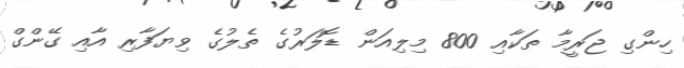
ހިންގި ޖަރީމާ ތަކާއި 800 މިލިއަން ޑޮލަރުގެ ތެލުގެ ވިޔަފާރި އާއި ގޭންގް